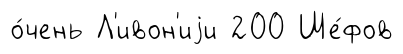
о́чень Л'ивон'иjи 200 Ше́фов